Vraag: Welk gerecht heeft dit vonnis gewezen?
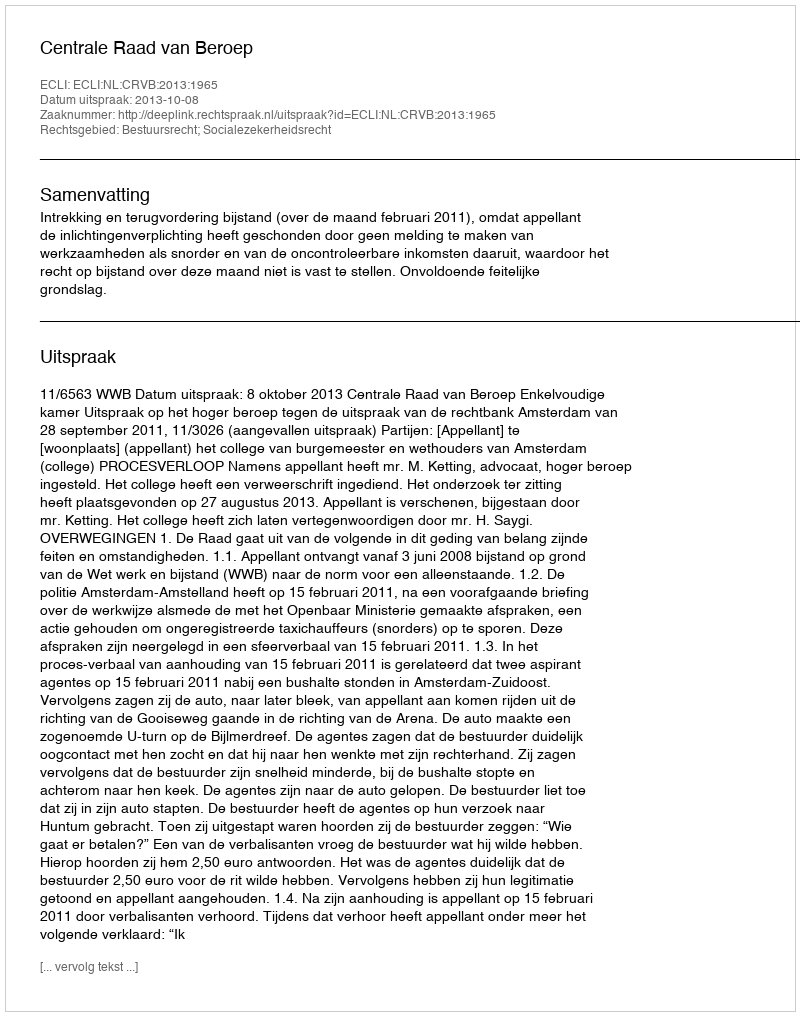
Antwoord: Centrale Raad van Beroep